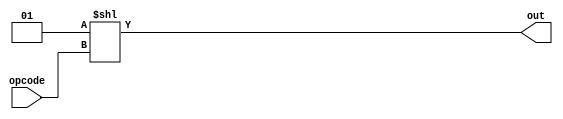
`ifndef DECODER_V
`define DECODER_V

// 4TO16 BIT DECODER
module Decoder(opcode,out);
	input  	   [ 3:0] opcode;
	output reg [15:0] out;

	always @(opcode,out) begin
    	out = 1 << opcode;
	end
endmodule
`endif